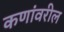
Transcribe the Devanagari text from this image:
कणांवरील